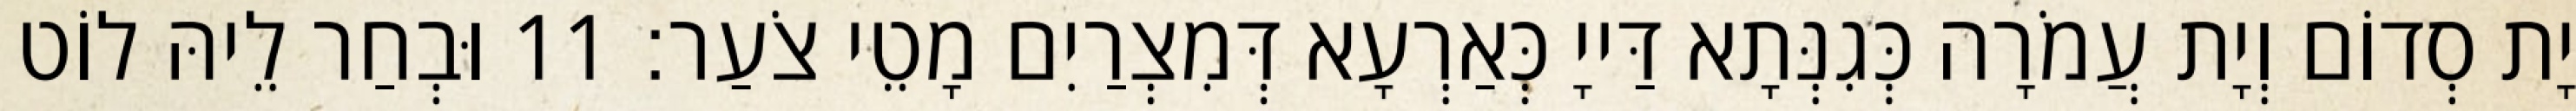
יָת סְדוֹם וְיָת עֲמֹרָה כְּגִנְּתָא דַּייָ כְּאַרְעָא דְּמִצְרַיִם מָטֵי צֹעַר׃ 11 וּבְחַר לֵיהּ לוֹט